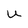
Character: U